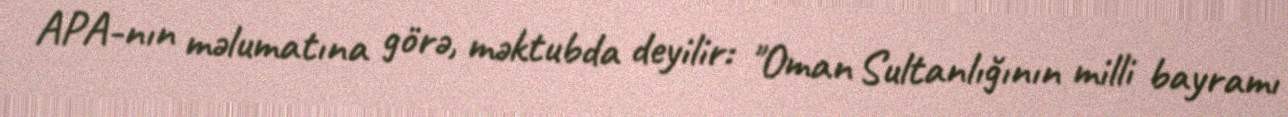
APA-nın məlumatına görə, məktubda deyilir: "Oman Sultanlığının milli bayramı